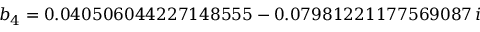
b _ { 4 } = 0 . 0 4 0 5 0 6 0 4 4 2 2 7 1 4 8 5 5 5 - 0 . 0 7 9 8 1 2 2 1 1 7 7 5 6 9 0 8 7 \, i